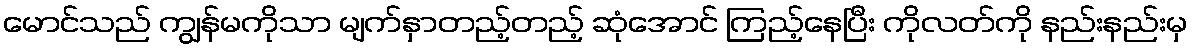
မောင်သည် ကျွန်မကိုသာ မျက်နှာတည့်တည့် ဆုံအောင် ကြည့်နေပြီး ကိုလတ်ကို နည်းနည်းမှ